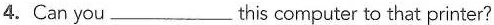
4. Can you___this computer to that printer?